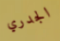
الجدري